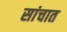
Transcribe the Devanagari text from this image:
सांचात